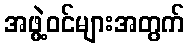
အဖွဲ့ဝင်များအတွက်